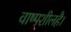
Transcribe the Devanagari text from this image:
वाष्पशीलहै।